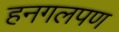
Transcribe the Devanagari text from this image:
हनगलपण